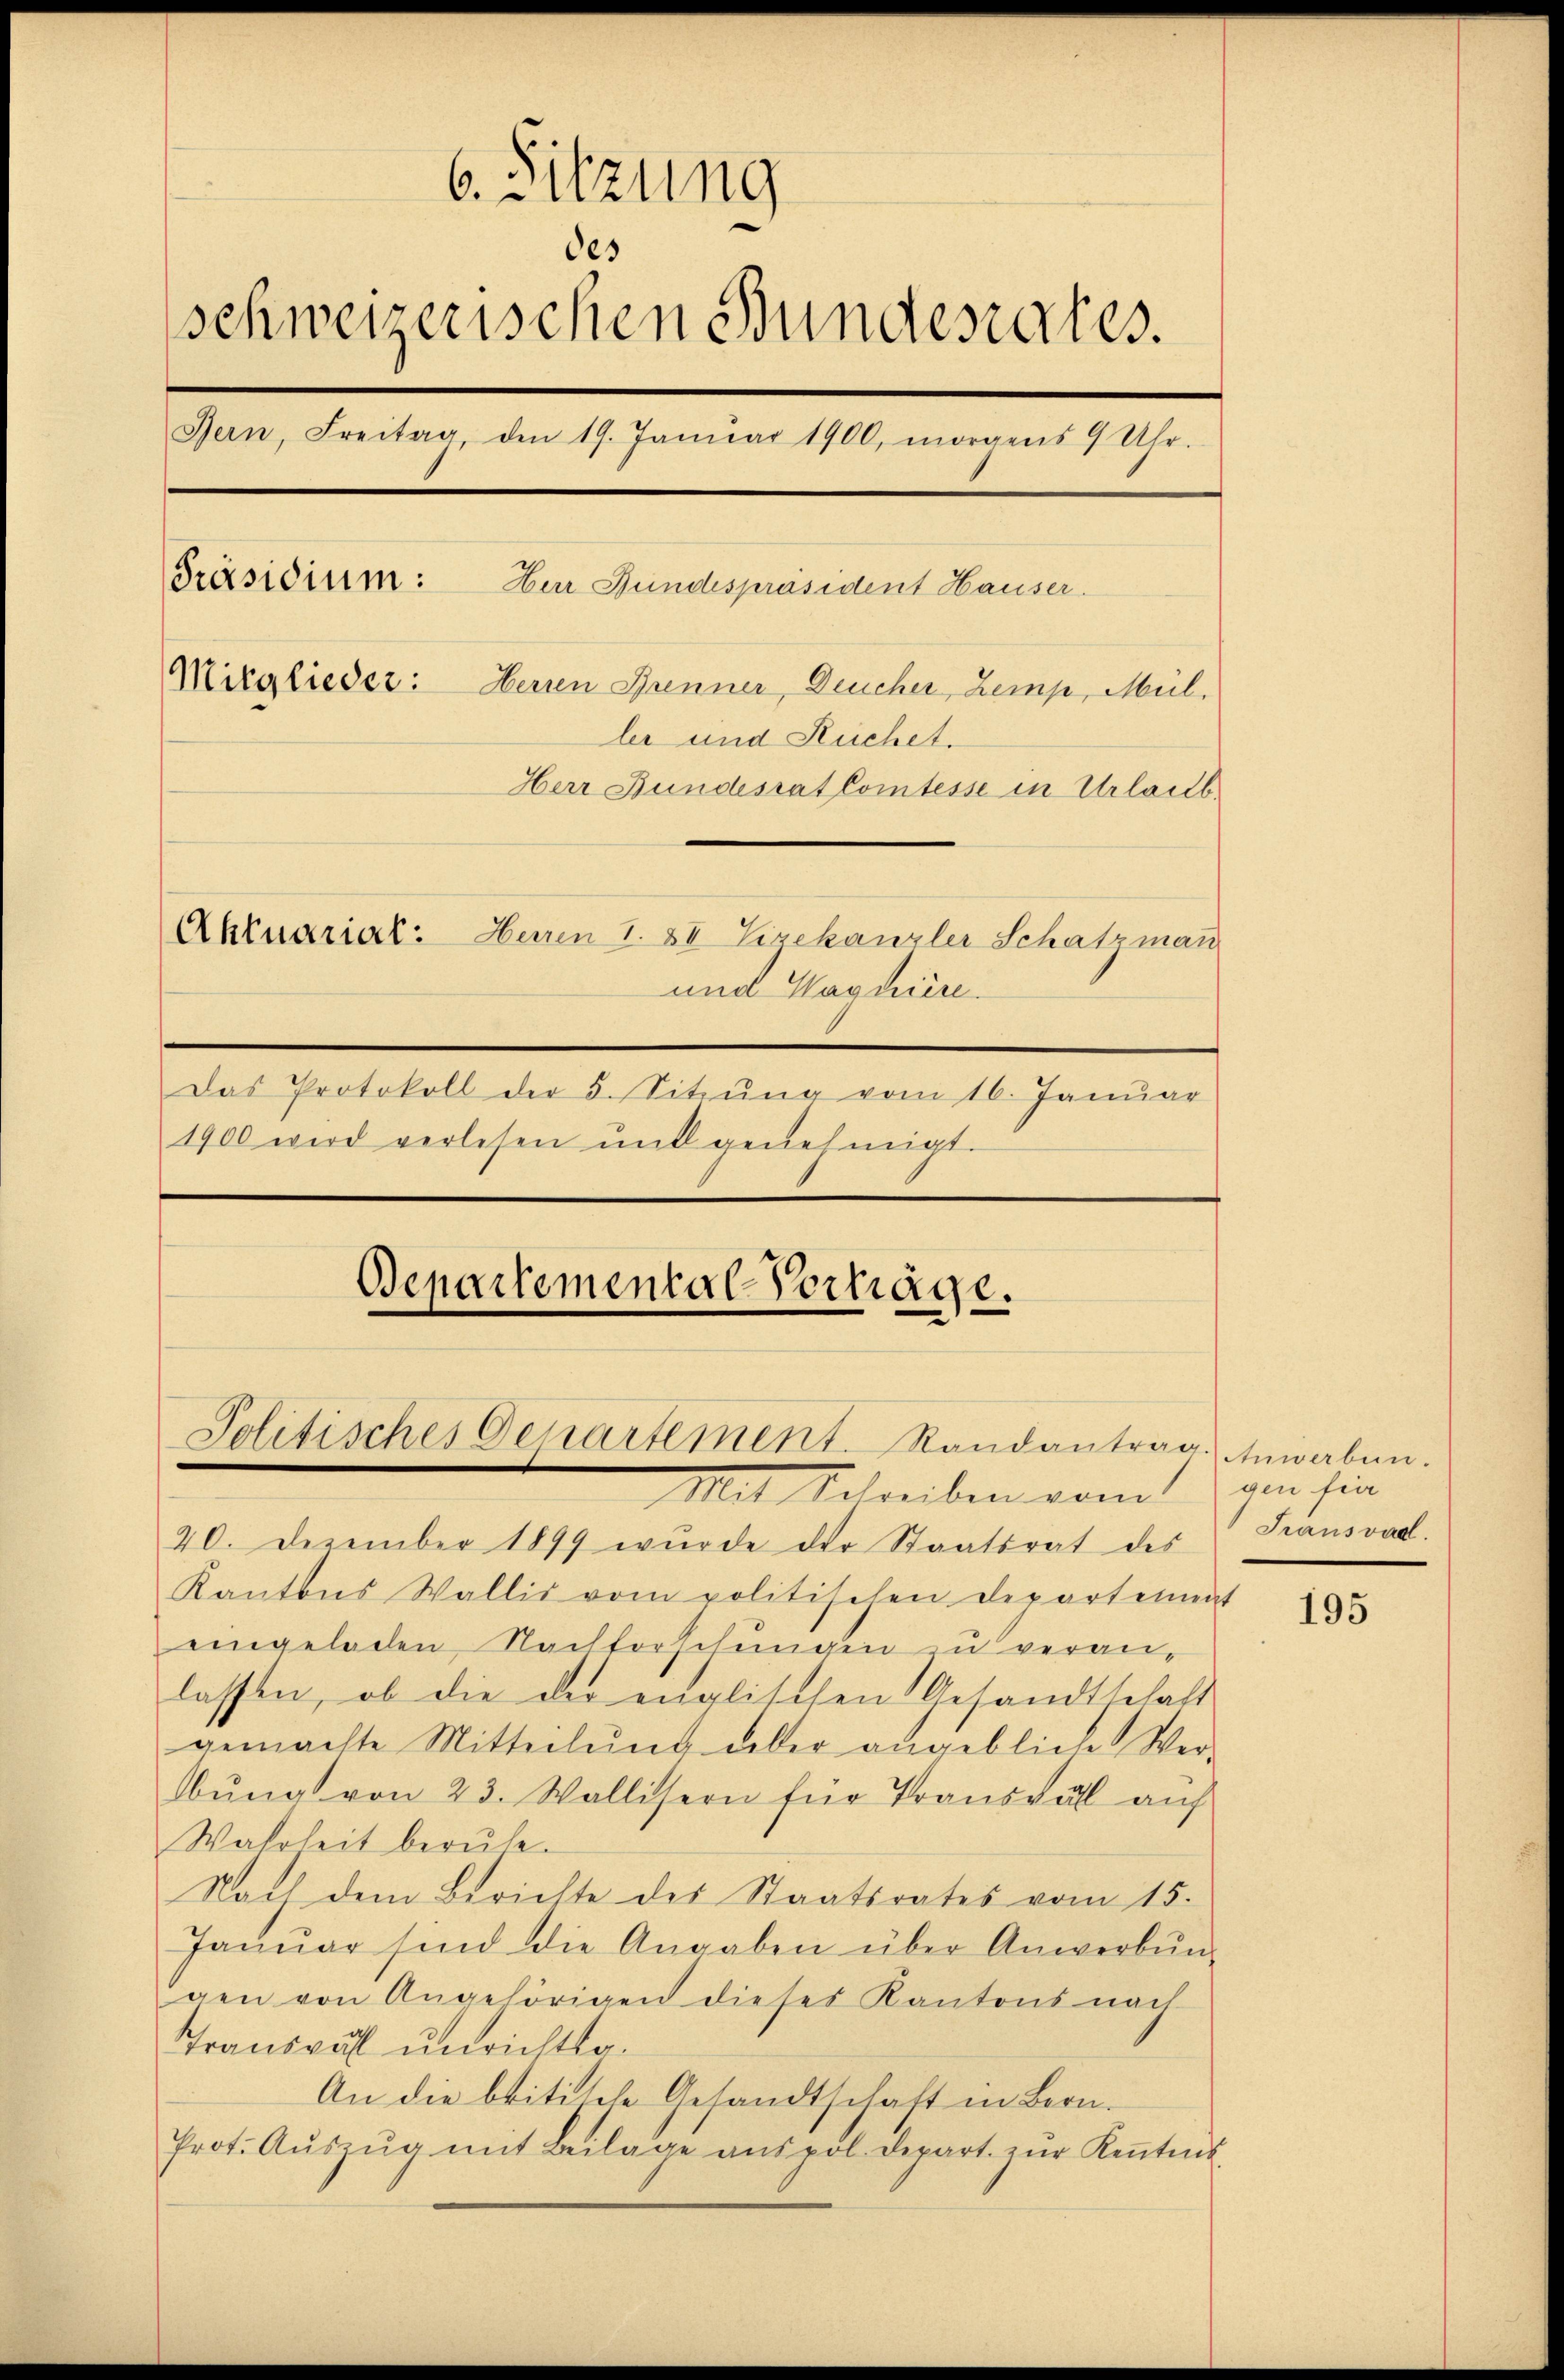
6. Sitzung
des
schweizerischen Bundesrates.
Bern, Freitag, den 19. Janŭar 1900, morgens 9 Uhr.
Präsidium: Hur Fundespräsident Hauser.
Mitglieder: Herren Brenner, Deucher, Zemp, Mül
ler und Ruchet.
Herr Bundesrat Comtesse in Urlaub
Aktuariat: Herren 7. XI Lizekanzler Schatzman
und Magniere.
Das Protokoll der 5. Sitzŭng vom 16. Janŭar
1900 wird verlesen mit genehmigt.

Departemental Schläge.
Politisches Departement. Randantrag. Anwerben.
Mit Schreiben vom gan sie

20. Dezember 1899 wurde der Staatsrat des Transvad.
Kantons Wallis vom politischen Departenmat
eingeladen, Nachforschungen zu veranlassen, ob die der englischen Gesandtschaft
gemachte Mitteilŭng aber angebliche Ver-
Obung von 23. Wallisern für Transtall auf
Wahrheit beruhe.
Nach dem Berichte des Staatsrates vom 15.
Janŭar sind die Angaben über Anwerbŭng
gen von Angehörigen dieses Kantons nach
Transpal unrichtsa¬
An die blitische Gesandtschaft in Bern.
Prot. Aŭszŭg mit Beilage anspol. Depart zŭr Keṅtnis

195